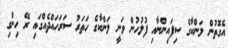
އެގޮތުން ލަންކާގެ ސިފައިންނާއި ފުލުހުން ވަނީ ލަންކާގެ ހަތަރު ސަރަހައްދެއްގައި ރޭ ހިންގި